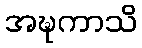
အဍ္ဎကာသိ